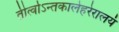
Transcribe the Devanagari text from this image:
तीर्त्वाऽन्तकालेहरेरालयं